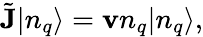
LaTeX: \tilde{{\mathbf J}}|n_{q}\rangle={\mathbf v}n_{q}|n_{q}\rangle,